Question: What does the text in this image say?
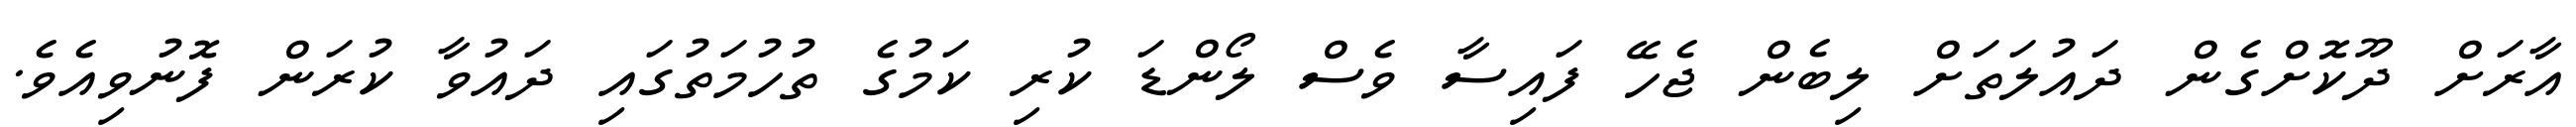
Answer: އާރަށް ދޫކޮށްގެން ދައުލަތަށް ލިބެން ޖެހޭ ފައިސާ ވެސް ލޯންޑަ ކުރި ކަމުގެ ތުހުމަތުގައި ދައުވާ ކުރަން ފޮނުވިއެވެ.